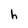
Character: h